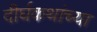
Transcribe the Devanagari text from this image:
दीर्घकथांच्या